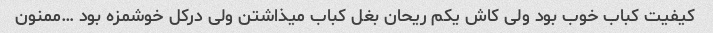
کیفیت کباب خوب بود ولی کاش یکم ریحان بغل کباب میذاشتن ولی درکل خوشمزه بود …ممنون